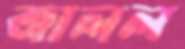
জালল